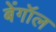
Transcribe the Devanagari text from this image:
बेंगॉल